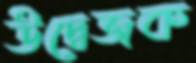
উদ্বেজক